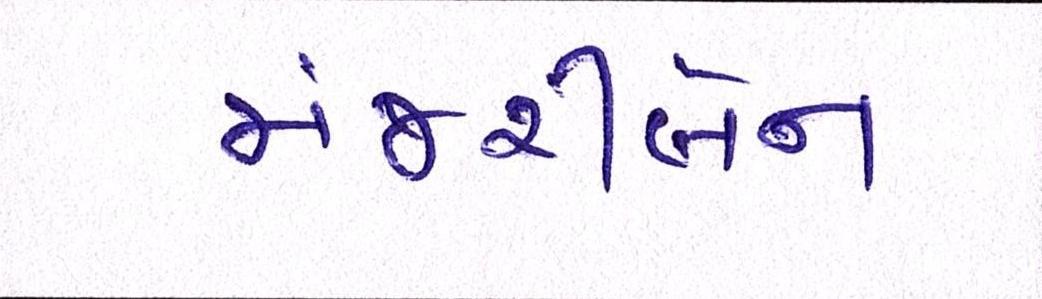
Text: મંજરીબેન